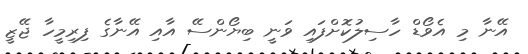
އޭނާ މި އެވޯޑް ހާސިލުކޮށްފައި ވަނީ ބިޔޯންސޭ އާއި އޭނާގެ ފިރިމީހާ ޖޭޒީ